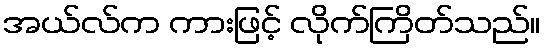
အယ်လ်က ကားဖြင့် လိုက်ကြိတ်သည်။